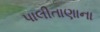
પાલીતાણાના